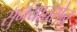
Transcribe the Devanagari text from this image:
सुनयात्तसेन